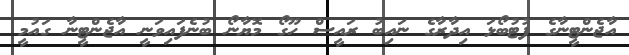
އާޖެންޓީނާގެ ފުޓުބޯޅަ އިދާރާގެ ނައިބު ރައީސް ހޫގޯ މޮޔާނޯ ބުނެފައިވަނީ އާޖެންޓީނާ ގައުމީ